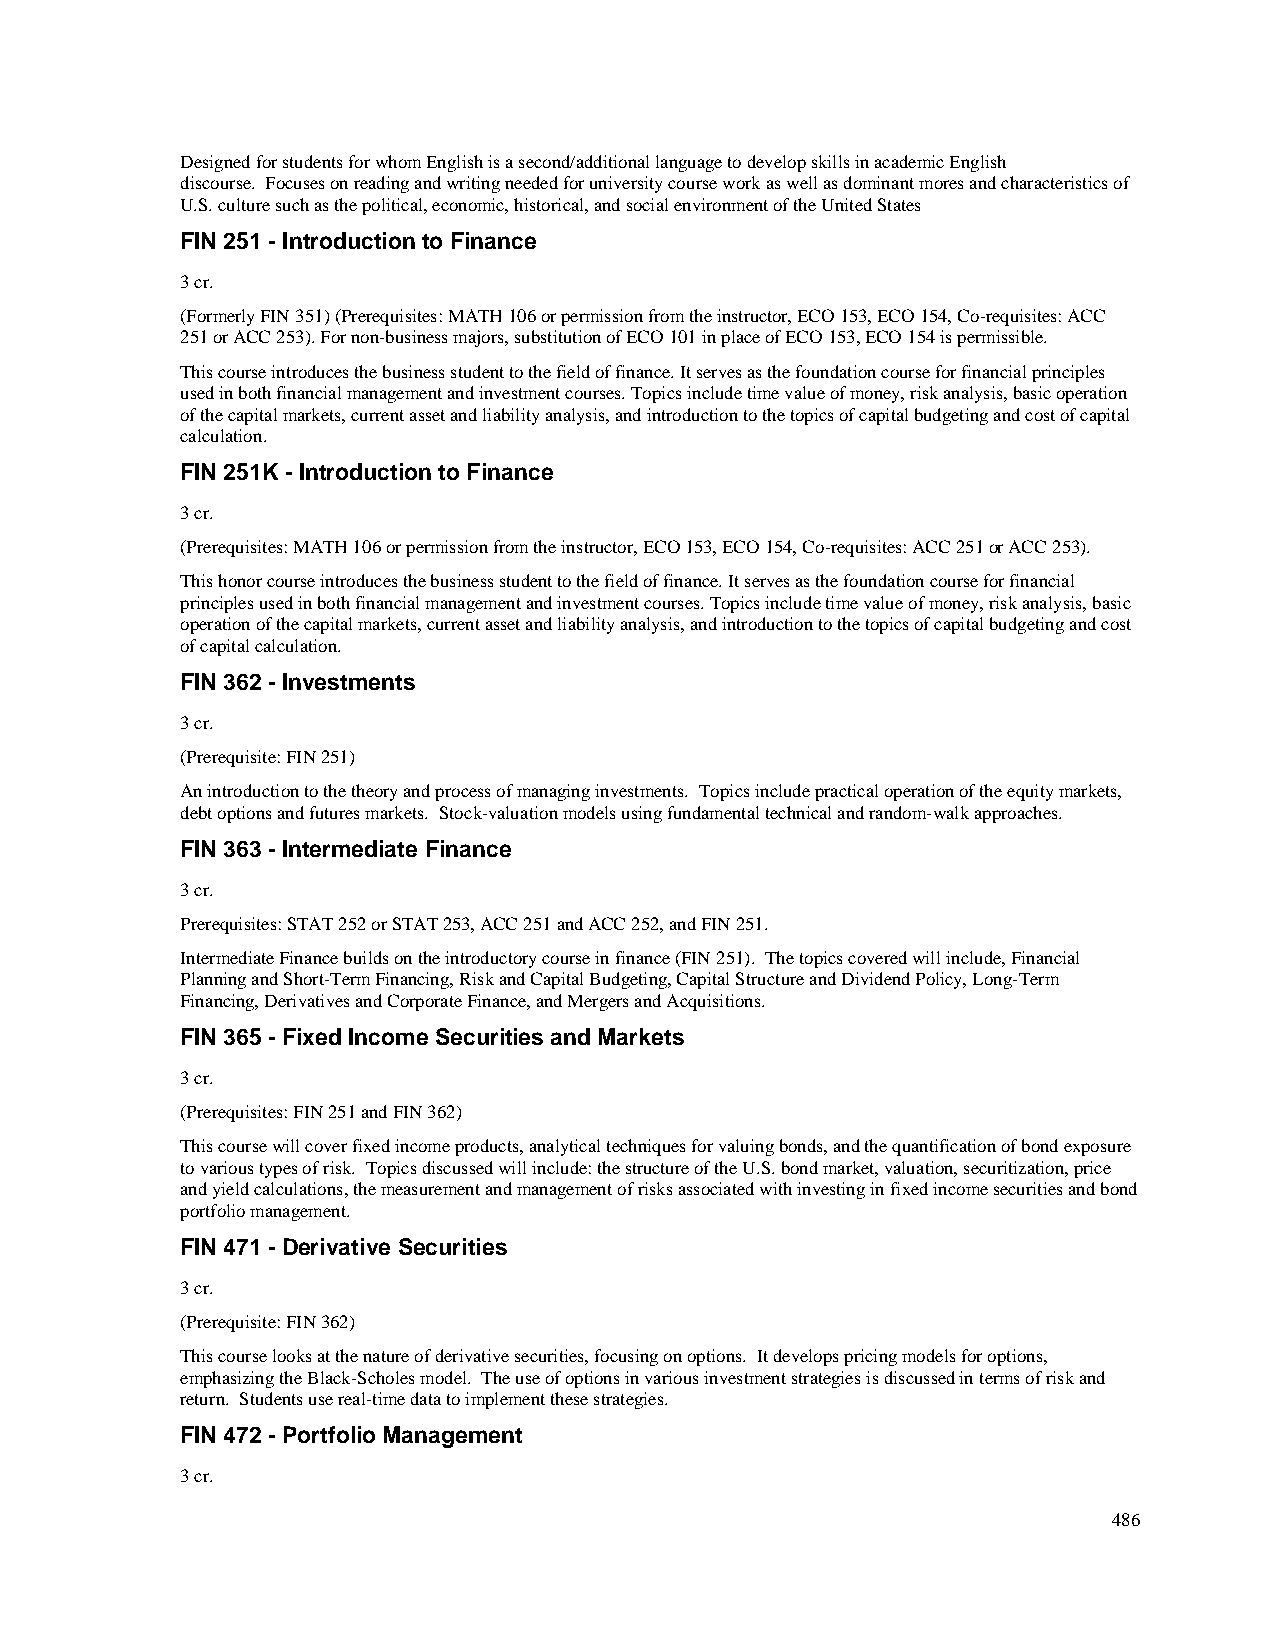
Designed for students for whom English is a second/additional language to develop skills in academic English
 discourse. Focuses on reading and writing needed for university course work as well as dominant mores and characteristics of
 U.S. culture such as the political, economic, historical, and social environment of the United States
 FIN 251 - Introduction to Finance
 3 cr.
 (Formerly FIN 351) (Prerequisites: MATH 106 or permission from the instructor, ECO 153, ECO 154, Co-requisites: ACC
 251 or ACC 253). For non-business majors, substitution of ECO 101 in place of ECO 153, ECO 154 is permissible.
 This course introduces the business student to the field of finance. It serves as the foundation course for financial principles
 used in both financial management and investment courses. Topics include time value of money, risk analysis, basic operation
 of the capital markets, current asset and liability analysis, and introduction to the topics of capital budgeting and cost of capital
 calculation.
 FIN 251K - Introduction to Finance
 3 cr.
 (Prerequisites: MATH 106 or permission from the instructor, ECO 153, ECO 154, Co-requisites: ACC 251 or ACC 253).
 This honor course introduces the business student to the field of finance. It serves as the foundation course for financial
 principles used in both financial management and investment courses. Topics include time value of money, risk analysis, basic
 operation of the capital markets, current asset and liability analysis, and introduction to the topics of capital budgeting and cost
 of capital calculation.
 FIN 362 - Investments
 3 cr.
 (Prerequisite: FIN 251)
 An introduction to the theory and process of managing investments. Topics include practical operation of the equity markets,
 debt options and futures markets. Stock-valuation models using fundamental technical and random-walk approaches.
 FIN 363 - Intermediate Finance
 3 cr.
 Prerequisites: STAT 252 or STAT 253, ACC 251 and ACC 252, and FIN 251.
 Intermediate Finance builds on the introductory course in finance (FIN 251). The topics covered will include, Financial
 Planning and Short-Term Financing, Risk and Capital Budgeting, Capital Structure and Dividend Policy, Long-Term
 Financing, Derivatives and Corporate Finance, and Mergers and Acquisitions.
 FIN 365 - Fixed Income Securities and Markets
 3 cr.
 (Prerequisites: FIN 251 and FIN 362)
 This course will cover fixed income products, analytical techniques for valuing bonds, and the quantification of bond exposure
 to various types of risk. Topics discussed will include: the structure of the U.S. bond market, valuation, securitization, price
 and yield calculations, the measurement and management of risks associated with investing in fixed income securities and bond
 portfolio management.
 FIN 471 - Derivative Securities
 3 cr.
 (Prerequisite: FIN 362)
 This course looks at the nature of derivative securities, focusing on options. It develops pricing models for options,
 emphasizing the Black-Scholes model. The use of options in various investment strategies is discussed in terms of risk and
 return. Students use real-time data to implement these strategies.
 FIN 472 - Portfolio Management
 3 cr.
 486